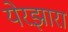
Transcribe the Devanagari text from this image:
येरझारा